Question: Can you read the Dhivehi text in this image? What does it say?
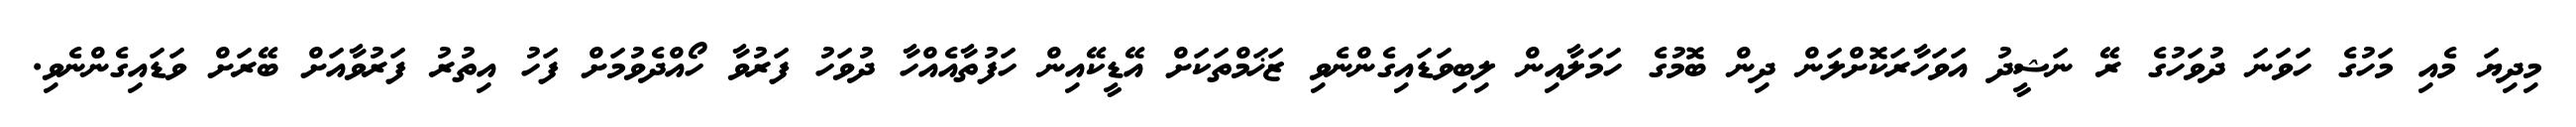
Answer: މިދިޔަ މެއި މަހުގެ ހަވަނަ ދުވަހުގެ ރޭ ނަޝީދު އަވަހާރަކޮށްލަން ދިން ބޮމުގެ ހަމަލާއިން ލިބިވަޑައިގެންނެވި ޒަޚަމްތަކަށް އޭޑީކޭއިން ހަފުތާއެއްހާ ދުވަހު ފަރުވާ ހޯއްދެވުމަށް ފަހު އިތުރު ފަރުވާއަށް ބޭރަށް ވަޑައިގެންނެވި.